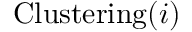
\mathrm { { C l u s t e r i n g } } ( i )